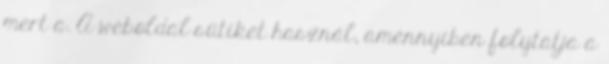
mert a. A weboldal sütiket használ, amennyiben folytatja a